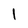
Character: 1